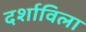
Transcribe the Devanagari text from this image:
दर्शाविला